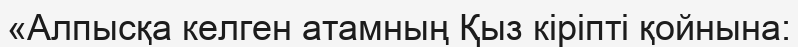
«Алпысқа келген атамның Қыз кіріпті қойнына: